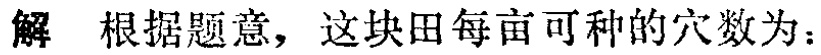
解 根据题意，这块田每亩可种的穴数为：